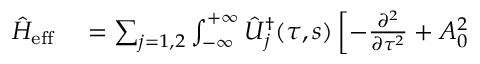
\begin{array} { r l } { \hat { H } _ { \mathrm { e f f } } } & { { } = \sum _ { j = 1 , 2 } \int _ { - \infty } ^ { + \infty } \hat { { \cal U } } _ { j } ^ { \dagger } ( \tau , s ) \left[ - \frac { \partial ^ { 2 } } { \partial \tau ^ { 2 } } + A _ { 0 } ^ { 2 } \right. } \end{array}